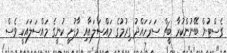
ގެސްޓުން ބޭނުންކުރާ ބީޗް ސަރަހައްދު ގިރުމުގެ މައްސަލައާއި މާފުށީ ކުނީގެ މައްސަލައަކީ ވެސް